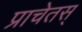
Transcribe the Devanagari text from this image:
प्राचेतस्